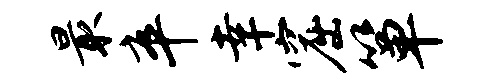
最卒幸窟箪